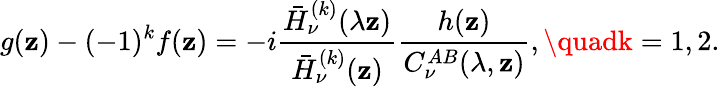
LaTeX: g(\mathbf{z})-(-1)^{k}f(\mathbf{z})=-i\frac{{\bar{{H}}_{\nu}^{(k)}(\lambda\mathbf{z})}}{{\bar{{H}}_{\nu}^{(k)}(\mathbf{z})}}\frac{{h(\mathbf{z})}}{{C_{\nu}^{AB}(\lambda,\mathbf{z})}},\quadk=1,2.